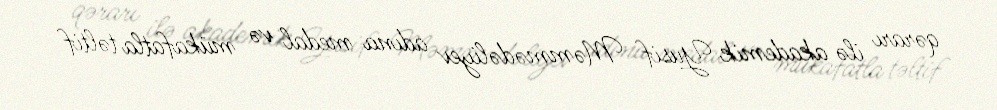
qərarı ilə akademik Yusif Məmmədəliyev adına medal və mükafatla təltif